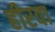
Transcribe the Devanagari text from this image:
हीरवा